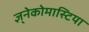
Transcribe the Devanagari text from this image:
ज्ञ्नेकोमास्टिया